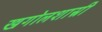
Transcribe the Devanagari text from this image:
खगोलशास्री